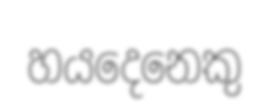
හයදෙනෙකු